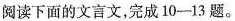
阅读下面的文言文，完成10-13题。